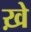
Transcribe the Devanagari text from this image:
ख़े